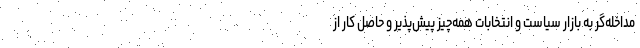
مداخله‌گر به بازار سیاست و انتخابات همه‌چیز پیش‌پذیر و حاصل کار از